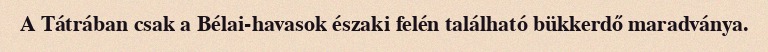
A Tátrában csak a Bélai-havasok északi felén található bükkerdő maradványa.